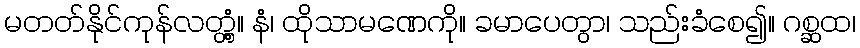
မတတ်နိုင်ကုန်လတ္တံ့။ နံ၊ ထိုသာမဏေကို။ ခမာပေတွာ၊ သည်းခံစေ၍။ ဂစ္ဆထ၊